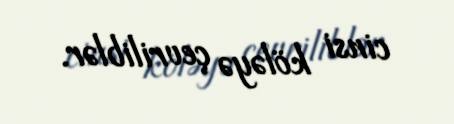
cinsi köləyə çevriliblər.